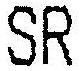
SR